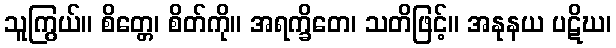
သူကြွယ်။ စိတ္တေ၊ စိတ်ကို။ အရက္ခိတေ၊ သတိဖြင့်။ အနုနယ ပဋိဃ၊